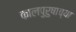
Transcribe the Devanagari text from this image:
कालपुरुषाच्या